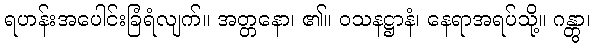
ရဟန်းအပေါင်းခြံရံလျက်။ အတ္တနော၊ ၏။ ဝသနဋ္ဌာနံ၊ နေရာအရပ်သို့။ ဂန္တွာ၊